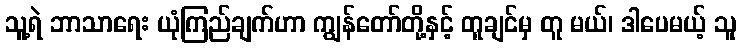
သူ့ရဲ ဘာသာရေး ယုံကြည်ချက်ဟာ ကျွန်တော်တို့နှင့် တူချင်မှ တူ မယ်၊ ဒါပေမယ့် သူ